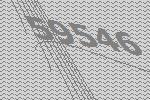
59546